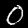
Label: 0